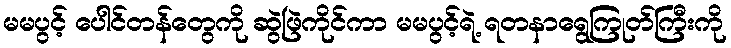
မမပွင့် ပေါင်တန်တွေကို ဆွဲဖြဲကိုင်ကာ မမပွင့်ရဲ့ ရတနာရွေကြုတ်ကြီးကို